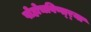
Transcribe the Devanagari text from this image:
पोहोचविणा्र्‍या